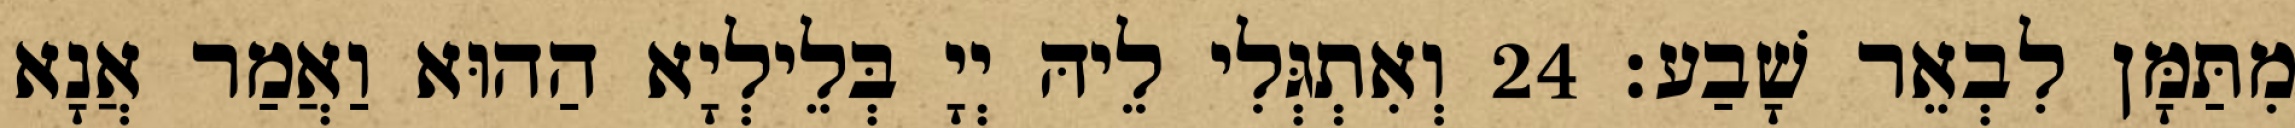
מִתַּמָּן לִבְאֵר שָׁבַע׃ 24 וְאִתְגְּלִי לֵיהּ יְיָ בְּלֵילְיָא הַהוּא וַאֲמַר אֲנָא